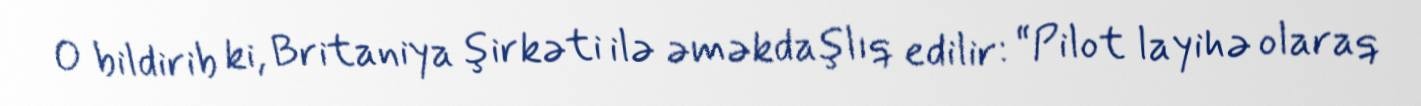
O bildirib ki, Britaniya şirkəti ilə əməkdaşlıq edilir: “Pilot layihə olaraq